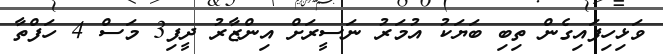
ވަޅިހިފައިގެން ތިބި ބަޔަކު އުމަރު ނަސީރަށް އިންޒާރު ދީފި3 މަސް 4 ހަފްތާ